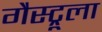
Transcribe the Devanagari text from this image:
गैस्ट्रूला